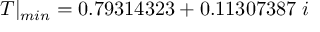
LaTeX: T | _ { m i n } = 0 . 7 9 3 1 4 3 2 3 + 0 . 1 1 3 0 7 3 8 7 \; i